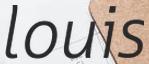
louis